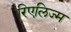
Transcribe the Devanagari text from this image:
रिएलिज्म